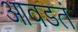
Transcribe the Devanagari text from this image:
आवडतं